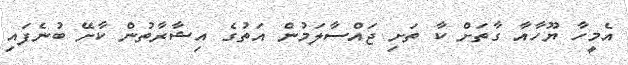
އެމީހާ ޔޫހާއާ ގާތަށް ކާ ތަށި ޖައްސާލަމުން އަތުގެ އިޝާރާތުން ކާށޭ ބުނެފައި